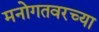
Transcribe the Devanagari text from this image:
मनोगतवरच्या